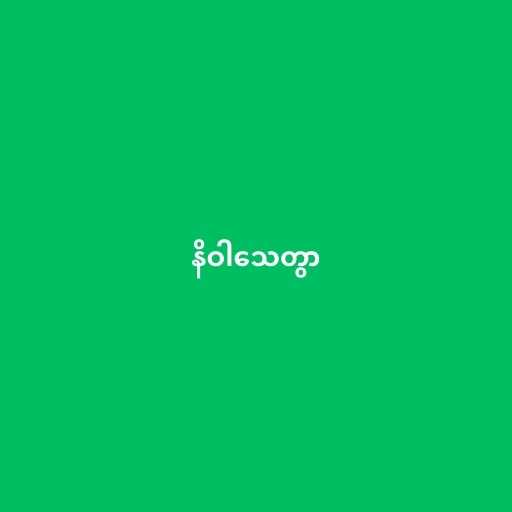
နိဝါသေတွာ